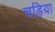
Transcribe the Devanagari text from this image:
चड़िया